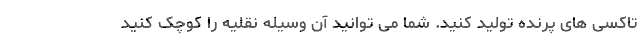
تاکسی های پرنده تولید کنید. شما می توانید آن وسیله نقلیه را کوچک کنید